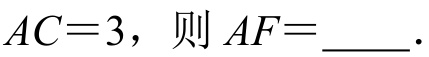
\(AC = 3\)，则 \(AF=\underline{\quad\quad}\).